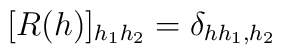
[ R (h)]_{h_1 h_2} = \delta_{h h_1, h_2}